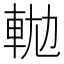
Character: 𨋛